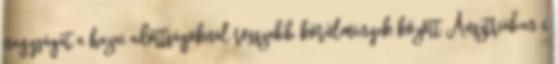
nagyságát a hazai adottságoknál rosszabb körülmények között Ausztriában 6